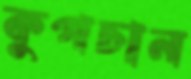
কুপচান